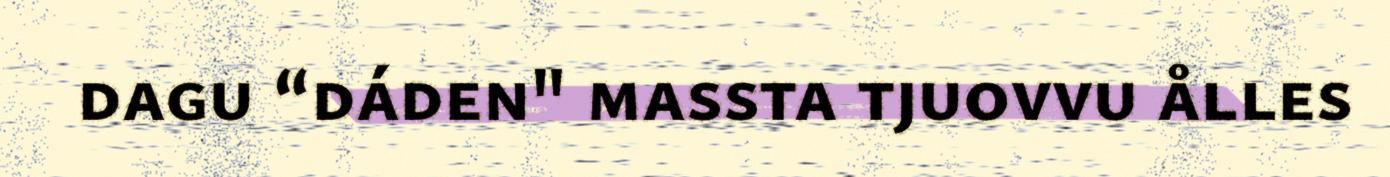
dagu “dáden" massta tjuovvu ålles